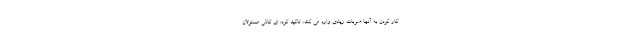
کار کردن به آنها ضربات زیادی وارد می کند، تاکید کرد: ای کاش مسئولان